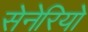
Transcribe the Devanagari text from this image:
सेनेरियो